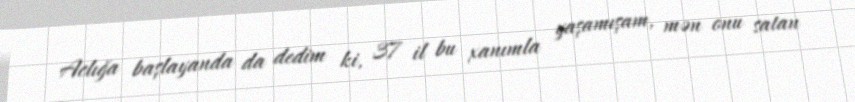
Aclığa başlayanda da dedim ki, 37 il bu xanımla yaşamışam, mən onu satan